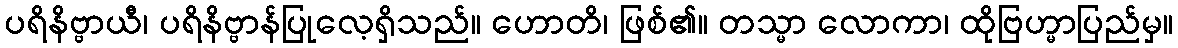
ပရိနိဗ္ဗာယီ၊ ပရိနိဗ္ဗာန်ပြုလေ့ရှိသည်။ ဟောတိ၊ ဖြစ်၏။ တသ္မာ လောကာ၊ ထိုဗြဟ္မာပြည်မှ။